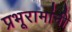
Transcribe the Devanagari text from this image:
प्रभूरामांनी